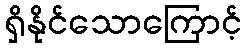
ရှိနိုင်သောကြောင့်